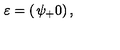
\varepsilon = \left( \begin{matrix} { \psi _ { + } } \\ { 0 } \\ \end{matrix} \right) ,